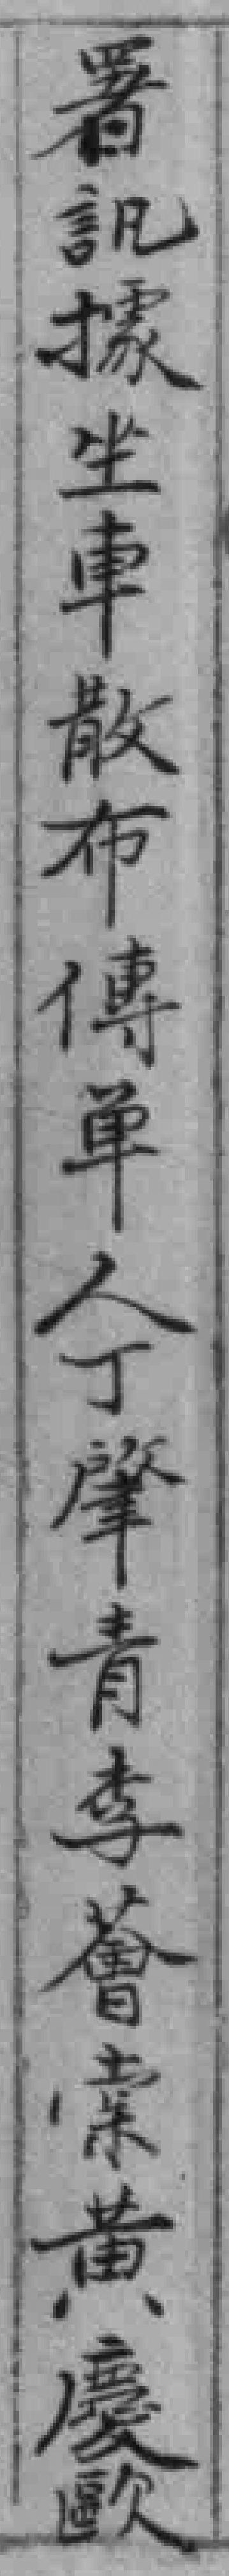
署訊據坐車散布傳单人丁肇青李薈索黄慶歐